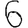
Digit: 6